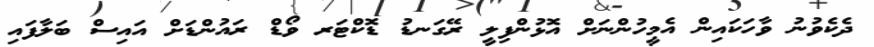
ދެކެވުނު ވާހަކައިން އެމީހުންނަށް އޮޅުންފިލީ ރޭގަނޑު ޑޮކްޓަރ ވޯޑް ރައުންޑަށް އައިސް ބަލާފައި